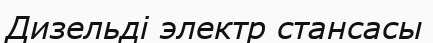
Дизельді электр стансасы